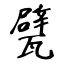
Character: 甓